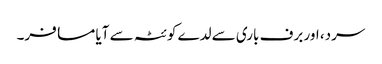
سرد، اور برف باری سے لدے کوئٹہ سے آیا مسافر۔